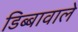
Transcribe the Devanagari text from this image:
डिब्बावाले